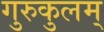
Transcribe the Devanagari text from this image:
गुरुकुलम्